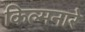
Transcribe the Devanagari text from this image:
किल्मनारे